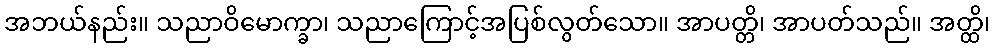
အဘယ်နည်း။ သညာဝိမောက္ခာ၊ သညာကြောင့်အပြစ်လွတ်သော။ အာပတ္တိ၊ အာပတ်သည်။ အတ္ထိ၊